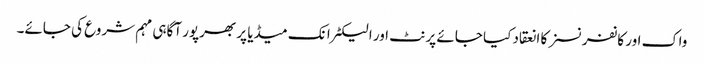
واک اور کانفرنسز کا انعقاد کیا جائے پرنٹ اور الیکٹرانک میڈیا پر بھرپور آگاہی مہم شروع کی جائے۔